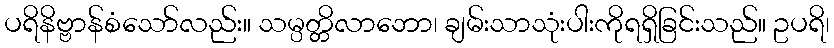
ပရိနိဗ္ဗာန်စံသော်လည်း။ သမ္ပတ္တိလာဘော၊ ချမ်းသာသုံးပါးကိုရရှိခြင်းသည်။ ဥပရိ၊